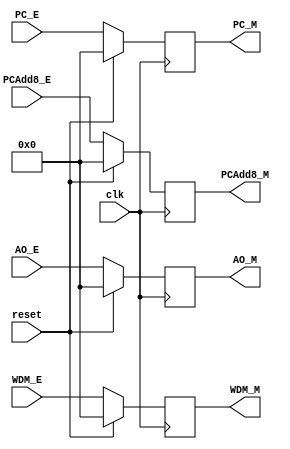
`timescale 1ns / 1ps
//////////////////////////////////////////////////////////////////////////////////
// Company: 
// Engineer: 
// 
// Design Name: 
// Module Name:    Memory 
// Project Name: 
// Target Devices: 
// Tool versions: 
// Description: 
//
// Dependencies: 
//
// Revision: 
// Revision 0.01 - File Created
// Additional Comments: 
//
//////////////////////////////////////////////////////////////////////////////////
module Memory(
    input clk,
    input reset,
    input [31:0] AO_E,
    input [31:0] WDM_E,
    input [31:0] PC_E,
    input [31:0] PCAdd8_E,
    output [31:0] AO_M,
    output [31:0] WDM_M,
    output [31:0] PC_M,
    output [31:0] PCAdd8_M
    );
	reg[31:0] ao, wdm, pc, pcadd8;
	assign AO_M = ao;
	assign WDM_M = wdm;
	assign PC_M = pc;
	assign PCAdd8_M = pcadd8;
	initial begin
		ao <= 0;
		wdm <= 0;
		pc <= 0;
		pcadd8 <= 0;
	end
	always @(posedge clk) begin
		if(reset) begin
			ao <= 0;
			wdm <= 0;
			pc <= 0;
			pcadd8 <= 0;
		end
		else if(reset == 0) begin
			ao <= AO_E;
			wdm <= WDM_E;
			pc <= PC_E;
			pcadd8 <= PCAdd8_E;
		end
	end

endmodule